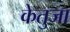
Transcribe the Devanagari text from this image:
केतुजा